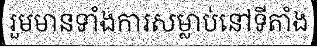
រួមមានទាំងការសម្លាប់នៅទីតាំង